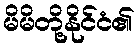
မိမိတို့နိုင်ငံ၏